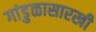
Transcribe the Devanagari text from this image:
गांडुळासारखी